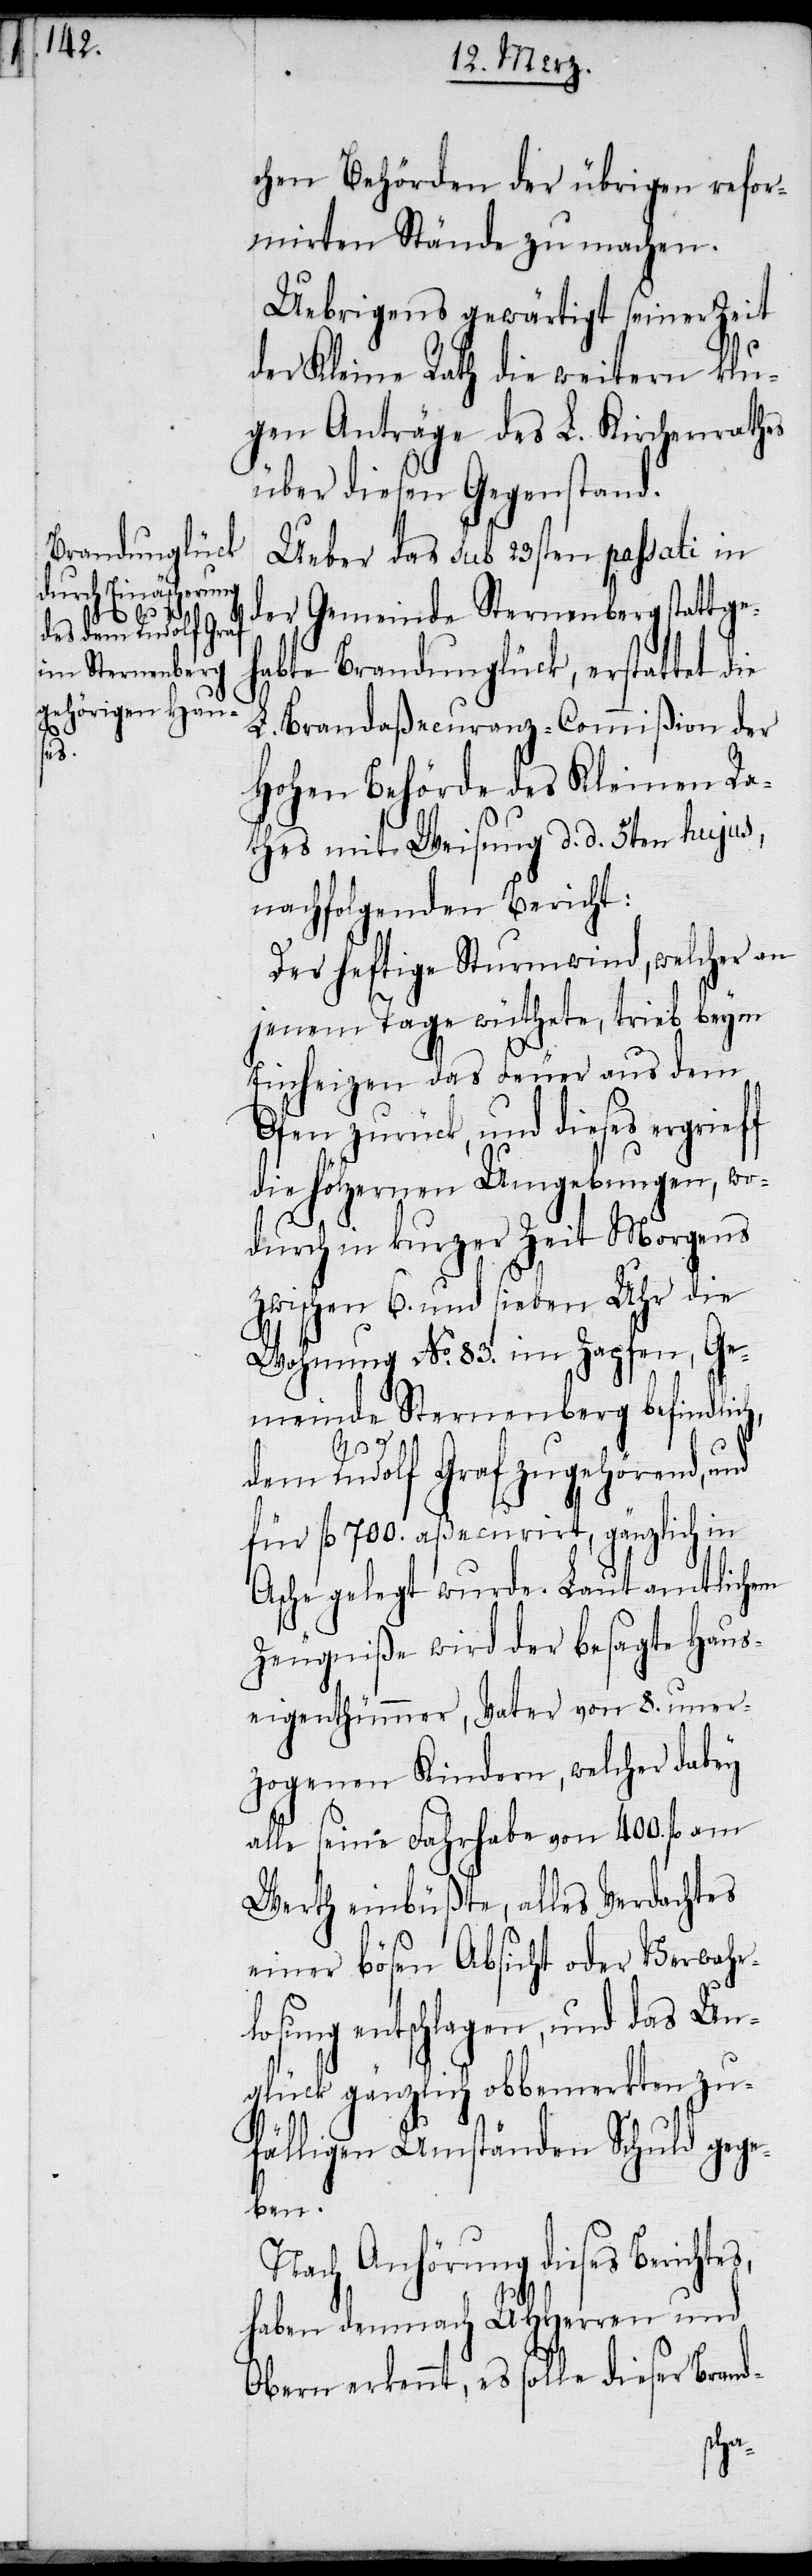
chen Behörden der übrigen refor¬
mirten Stände zu machen.
Uebrigens gewärtigt seiner Zeit
der Kleine Rath die weitern klu¬
gen Anträge des L. Kirchenrathes
über diesen Gegenstand.
Ueber das sub 23sten passati in
der Gemeinde Sternenberg stattge¬
habte Brandunglück, erstattet die
L. Brandaßecuranz-Commißion der
Hohen Behörde des Kleinen Ra¬
thes mit Weisung d. d. 5ten hujus,
nachfolgenden Bericht:
Der heftige Sturmwind, welcher an
jenem Tage wüthete, trieb beym
Einheizen das Feuer aus dem
Ofen zurück, und dieses ergrieff
die hölzernen Umgebungen, wo¬
durch in kurzer Zeit Morgens
zwischen 6. und sieben Uhr die
Wohnung No. 83. im Zapfen, Ge¬
meinde Sternenberg befindli¬
tes,
dem Rudolf Graf zugehörend,
für fl 700. aßecurirt, gänzlich in
Asche gelegt wurde. Laut amtlichem
Zeugniße wird der besagte Haus¬
eigenthümmer, Vater von 8. uner¬
zogenen Kindern, welcher dabey
alle seine Fahrhabe von 44. fl am
Wert einbüßte, alles Verdachtes
einer bösen Absicht oder Verwahr¬
losung entschlagen, und das Un¬
glück gänzlich obbemerkten zu¬
fälligen Umständen Schuld gege¬
ben.
Nach Anhörung dieses Berich¬
haben demnach UHHerren und
Obern erkennt, es solle dieser Brand-